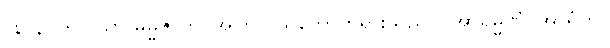
(နိ၊ ၃၇၆) (ယာ ဓမ္မဇာတိ၊ အကြင် သဘောတရားသည်။) အာရမ္မဏံ၊ အာရုံကို။